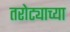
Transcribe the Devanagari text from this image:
तरोट्याच्या